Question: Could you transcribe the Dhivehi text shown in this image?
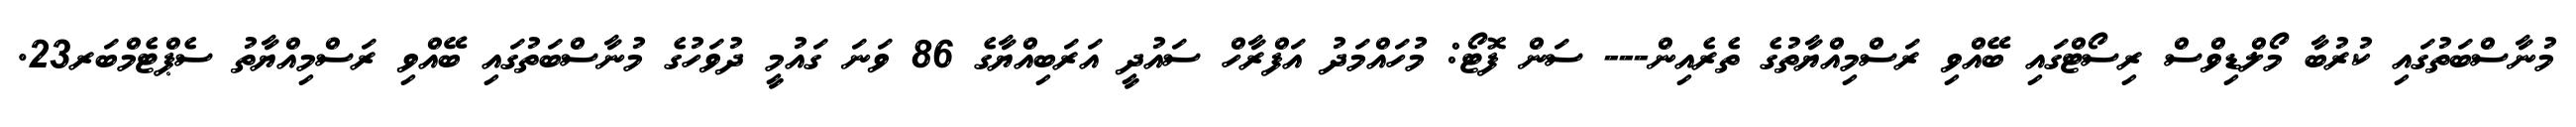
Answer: މުނާސްބަތުގައި ކުރުބާ މޯލްޑިވްސް ރިސޯޓްގައި ބޭއްވި ރަސްމިއްޔާތުގެ ތެރެއިން--- ސަން ފޮޓޯ: މުހައްމަދު އަފްރާހް ސައުދީ އަރަބިއްޔާގެ 86 ވަނަ ގައުމީ ދުވަހުގެ މުނާސްބަތުގައި ބޭއްވި ރަސްމިއްޔާތު ސެޕްޓެމްބަރ23.